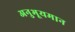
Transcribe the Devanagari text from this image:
अनुभूयमान